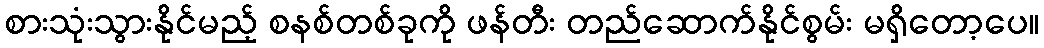
စားသုံးသွားနိုင်မည့် စနစ်တစ်ခုကို ဖန်တီး တည်ဆောက်နိုင်စွမ်း မရှိတော့ပေ။